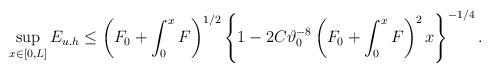
LaTeX: \begin{align*}\begin{aligned}\sup\limits_{x \in [0,L] }E_{u.h}\leq \left(F_0+\int_0^x F\right)^{1/2}\left\{1-2C\vartheta_0^{-8}\left(F_0+\int_0^x F\right)^2x\right\}^{-1/4}.\end{aligned}\end{align*}